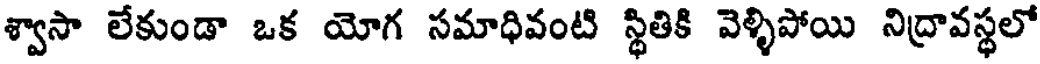
శ్వాసా లేకుండా ఒక యోగ సమాధివంటి స్థితికి వెళ్ళిపోయి నిద్రావస్థలో